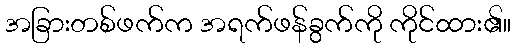
အခြားတစ်ဖက်က အရက်ဖန်ခွက်ကို ကိုင်ထား၏။